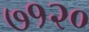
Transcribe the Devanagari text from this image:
७१२०